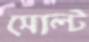
সোল্ট